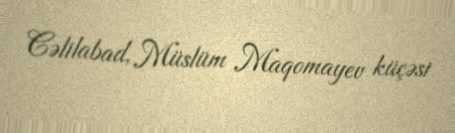
Cəlilabad, Müslüm Maqomayev küçəsi